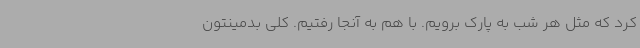
کرد که مثل هر شب به پارک برویم. با هم به آنجا رفتیم. کلی بدمینتون